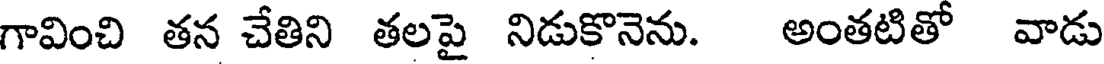
గావించి తన చేతిని తలపై నిడుకొనెను. అంతటితో వాడు